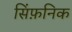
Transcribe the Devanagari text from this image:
सिंफ़निक